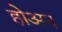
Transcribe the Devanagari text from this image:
होअन